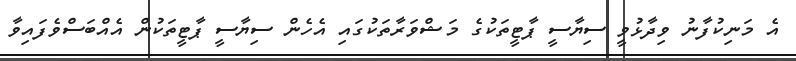
އެ މަނިކުފާނު ވިދާޅުވީ ސިޔާސީ ޕާޓީތަކުގެ މަޝްވަރާތަކުގައި އެހެން ސިޔާސީ ޕާޓީތަކުން އެއްބަސްވެފައިވާ